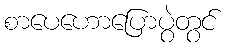
စာပေဟောပြောပွဲတွင်